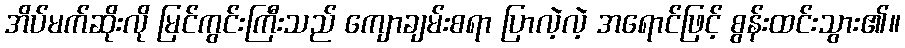
အိပ်မက်ဆိုးလို မြင်ကွင်းကြီးသည် ကျောချမ်းစရာ ပြာလဲ့လဲ့ အရောင်ဖြင့် စွန်းထင်းသွား၏။